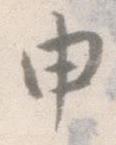
申